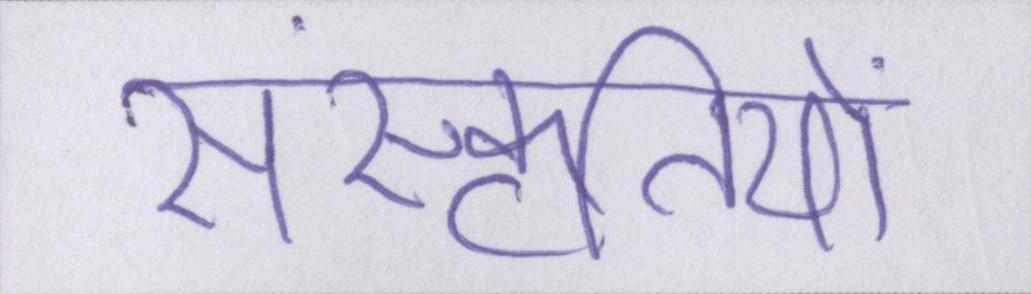
संस्कृतियों